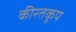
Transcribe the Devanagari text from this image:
कीरतकूप